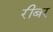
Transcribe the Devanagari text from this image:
रीबर